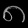
Digit: ၈